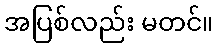
အပြစ်လည်း မတင်။